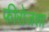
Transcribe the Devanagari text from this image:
फीरोजशा